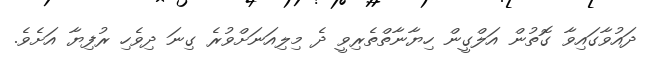
ދައުވާގައިވާ ގޮތުން އަލްގީން ހިޔާނާތްތެރިވީ ދެ މިލިއަނަށްވުރެ ގިނަ ދިވެހި ރުފިޔާ އަށެވެ.